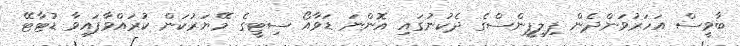
ބާވީސް އަހަރުވަންދެން ފިލިޕީންސްގެ ދެކުނުގައި އޮންނަ ޑަވާއޯ ސިޓީގެ މޭޔަރުކަން ކުރައްވާފައިވާ ޑުޓާޓޭ